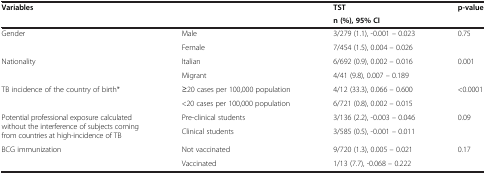
| <ROWSPAN=2-COLSPAN=2> Variables | TST | <ROWSPAN=2> p-value |
 | n (%), 95% CI |
 | --- | --- | --- | --- |
 | <ROWSPAN=2> Gender | Male | 3/279 (1.1), -0.001 – 0.023 | <ROWSPAN=2> 0.75 |
 | Female | 7/454 (1.5), 0.004 – 0.026 |
 | <ROWSPAN=2> Nationality | Italian | 6/692 (0.9), 0.002 – 0.016 | <ROWSPAN=2> 0.001 |
 | Migrant | 4/41 (9.8), 0.007 – 0.189 |
 | <ROWSPAN=2> TB incidence of the country of birth* | ≥20 cases per 100,000 population | 4/12 (33.3), 0.066 – 0.600 | <ROWSPAN=2> <0.0001 |
 | <20 cases per 100,000 population | 6/721 (0.8), 0.002 – 0.015 |
 | <ROWSPAN=2> Potential professional exposure calculated without the interference of subjects coming from countries at high-incidence of TB | Pre-clinical students | 3/136 (2.2), -0.003 – 0.046 | <ROWSPAN=2> 0.09 |
 | Clinical students | 3/585 (0.5), -0.001 – 0.011 |
 | <ROWSPAN=2> BCG immunization | Not vaccinated | 9/720 (1.3), 0.005 – 0.021 | <ROWSPAN=2> 0.17 |
 | Vaccinated | 1/13 (7.7), -0.068 – 0.222 |